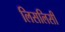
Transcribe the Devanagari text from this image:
लिसलिसी